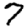
Digit: 7